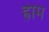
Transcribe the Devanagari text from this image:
ह्राम